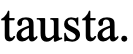
tausta.